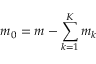
m _ { 0 } = m - \sum _ { k = 1 } ^ { K } m _ { k }